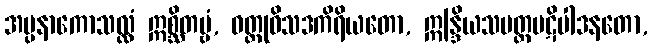
အပ္ပနာကောသလ္လံ ဣစ္ဆိတဗ္ဗံ, ဝတ္ထုဝိသဒကိရိယတော, ဣန္ဒြိယသမတ္တပဋိပါဒနတော,